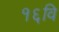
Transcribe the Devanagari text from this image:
१६वि